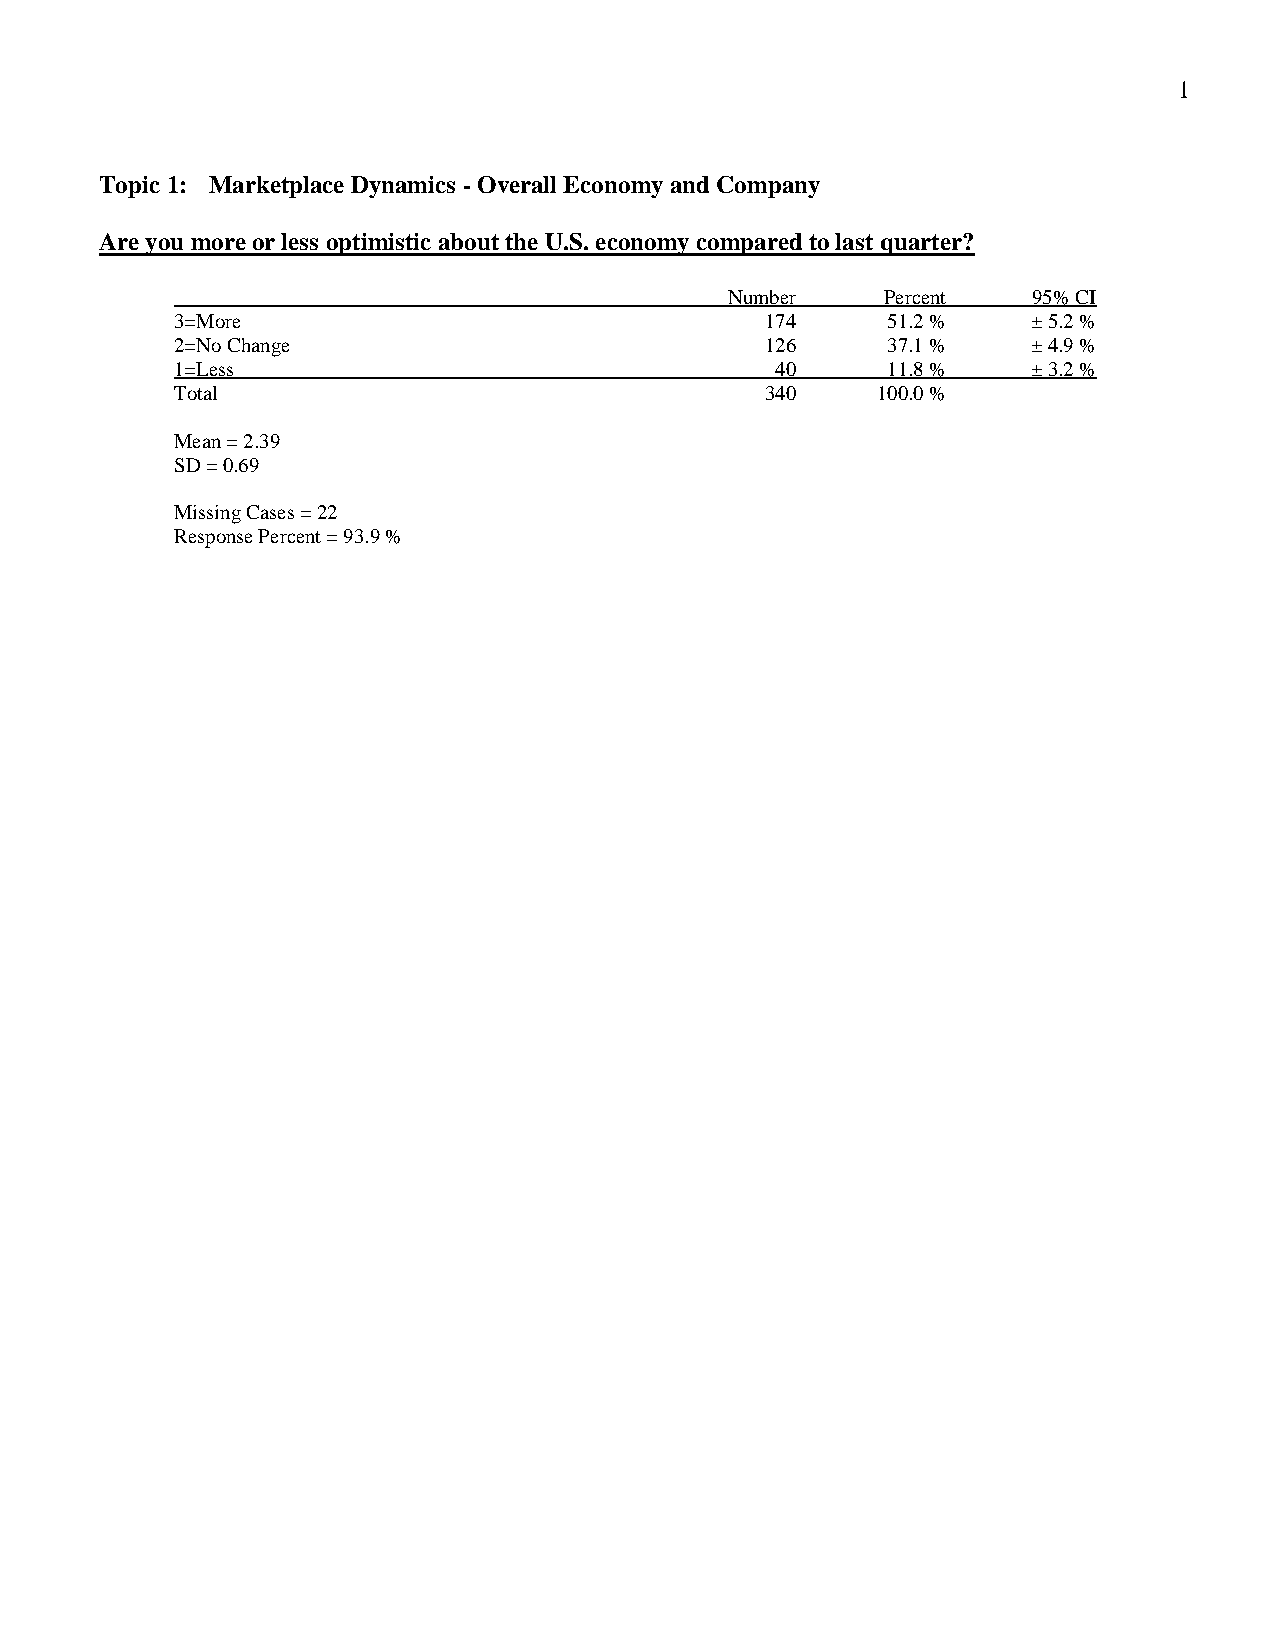
1
 Topic 1: Marketplace Dynamics - Overall Economy and Company
 Are you more or less optimistic about the U.S. economy compared to last quarter?
 Number     Percent  95% CI
 3=More                                 174     51.2 %   ± 5.2 %
 2=No Change                            126     37.1 %   ± 4.9 %
 1=Less                                 40      11.8 %   ± 3.2 %
 Total                                  340    100.0 %
 Mean = 2.39
 SD = 0.69
 Missing Cases = 22
 Response Percent = 93.9 %